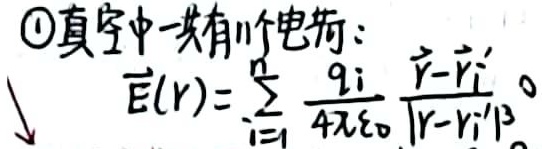
\textcircled{1}真空中一共有$n$个电荷：
\[
\vec{E}(\vec{r}) = \sum_{i = 1}^{n} \frac{q_i}{4\pi\varepsilon_0} \frac{\vec{r} - \vec{r}_i'}{|\vec{r} - \vec{r}_i'|^3}
\]